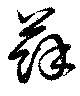
蘇